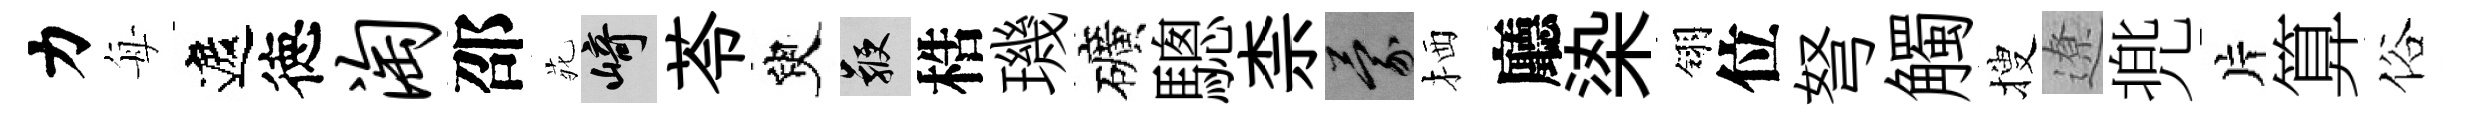
力每遮徳淘邵𫟍崎苓臾鞭梏璣礦驄柰蒙栖廳𣑱翎位弩觸搜遼兠片算俗